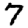
Digit: 7